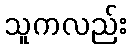
သူကလည်း